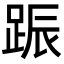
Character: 䟴